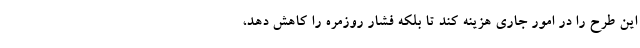
این طرح را در امور جاری هزینه کند تا بلکه فشار روزمره را کاهش دهد،